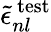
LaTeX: \widetilde{\epsilon}_{nl}^{\mathrm{\, test}}